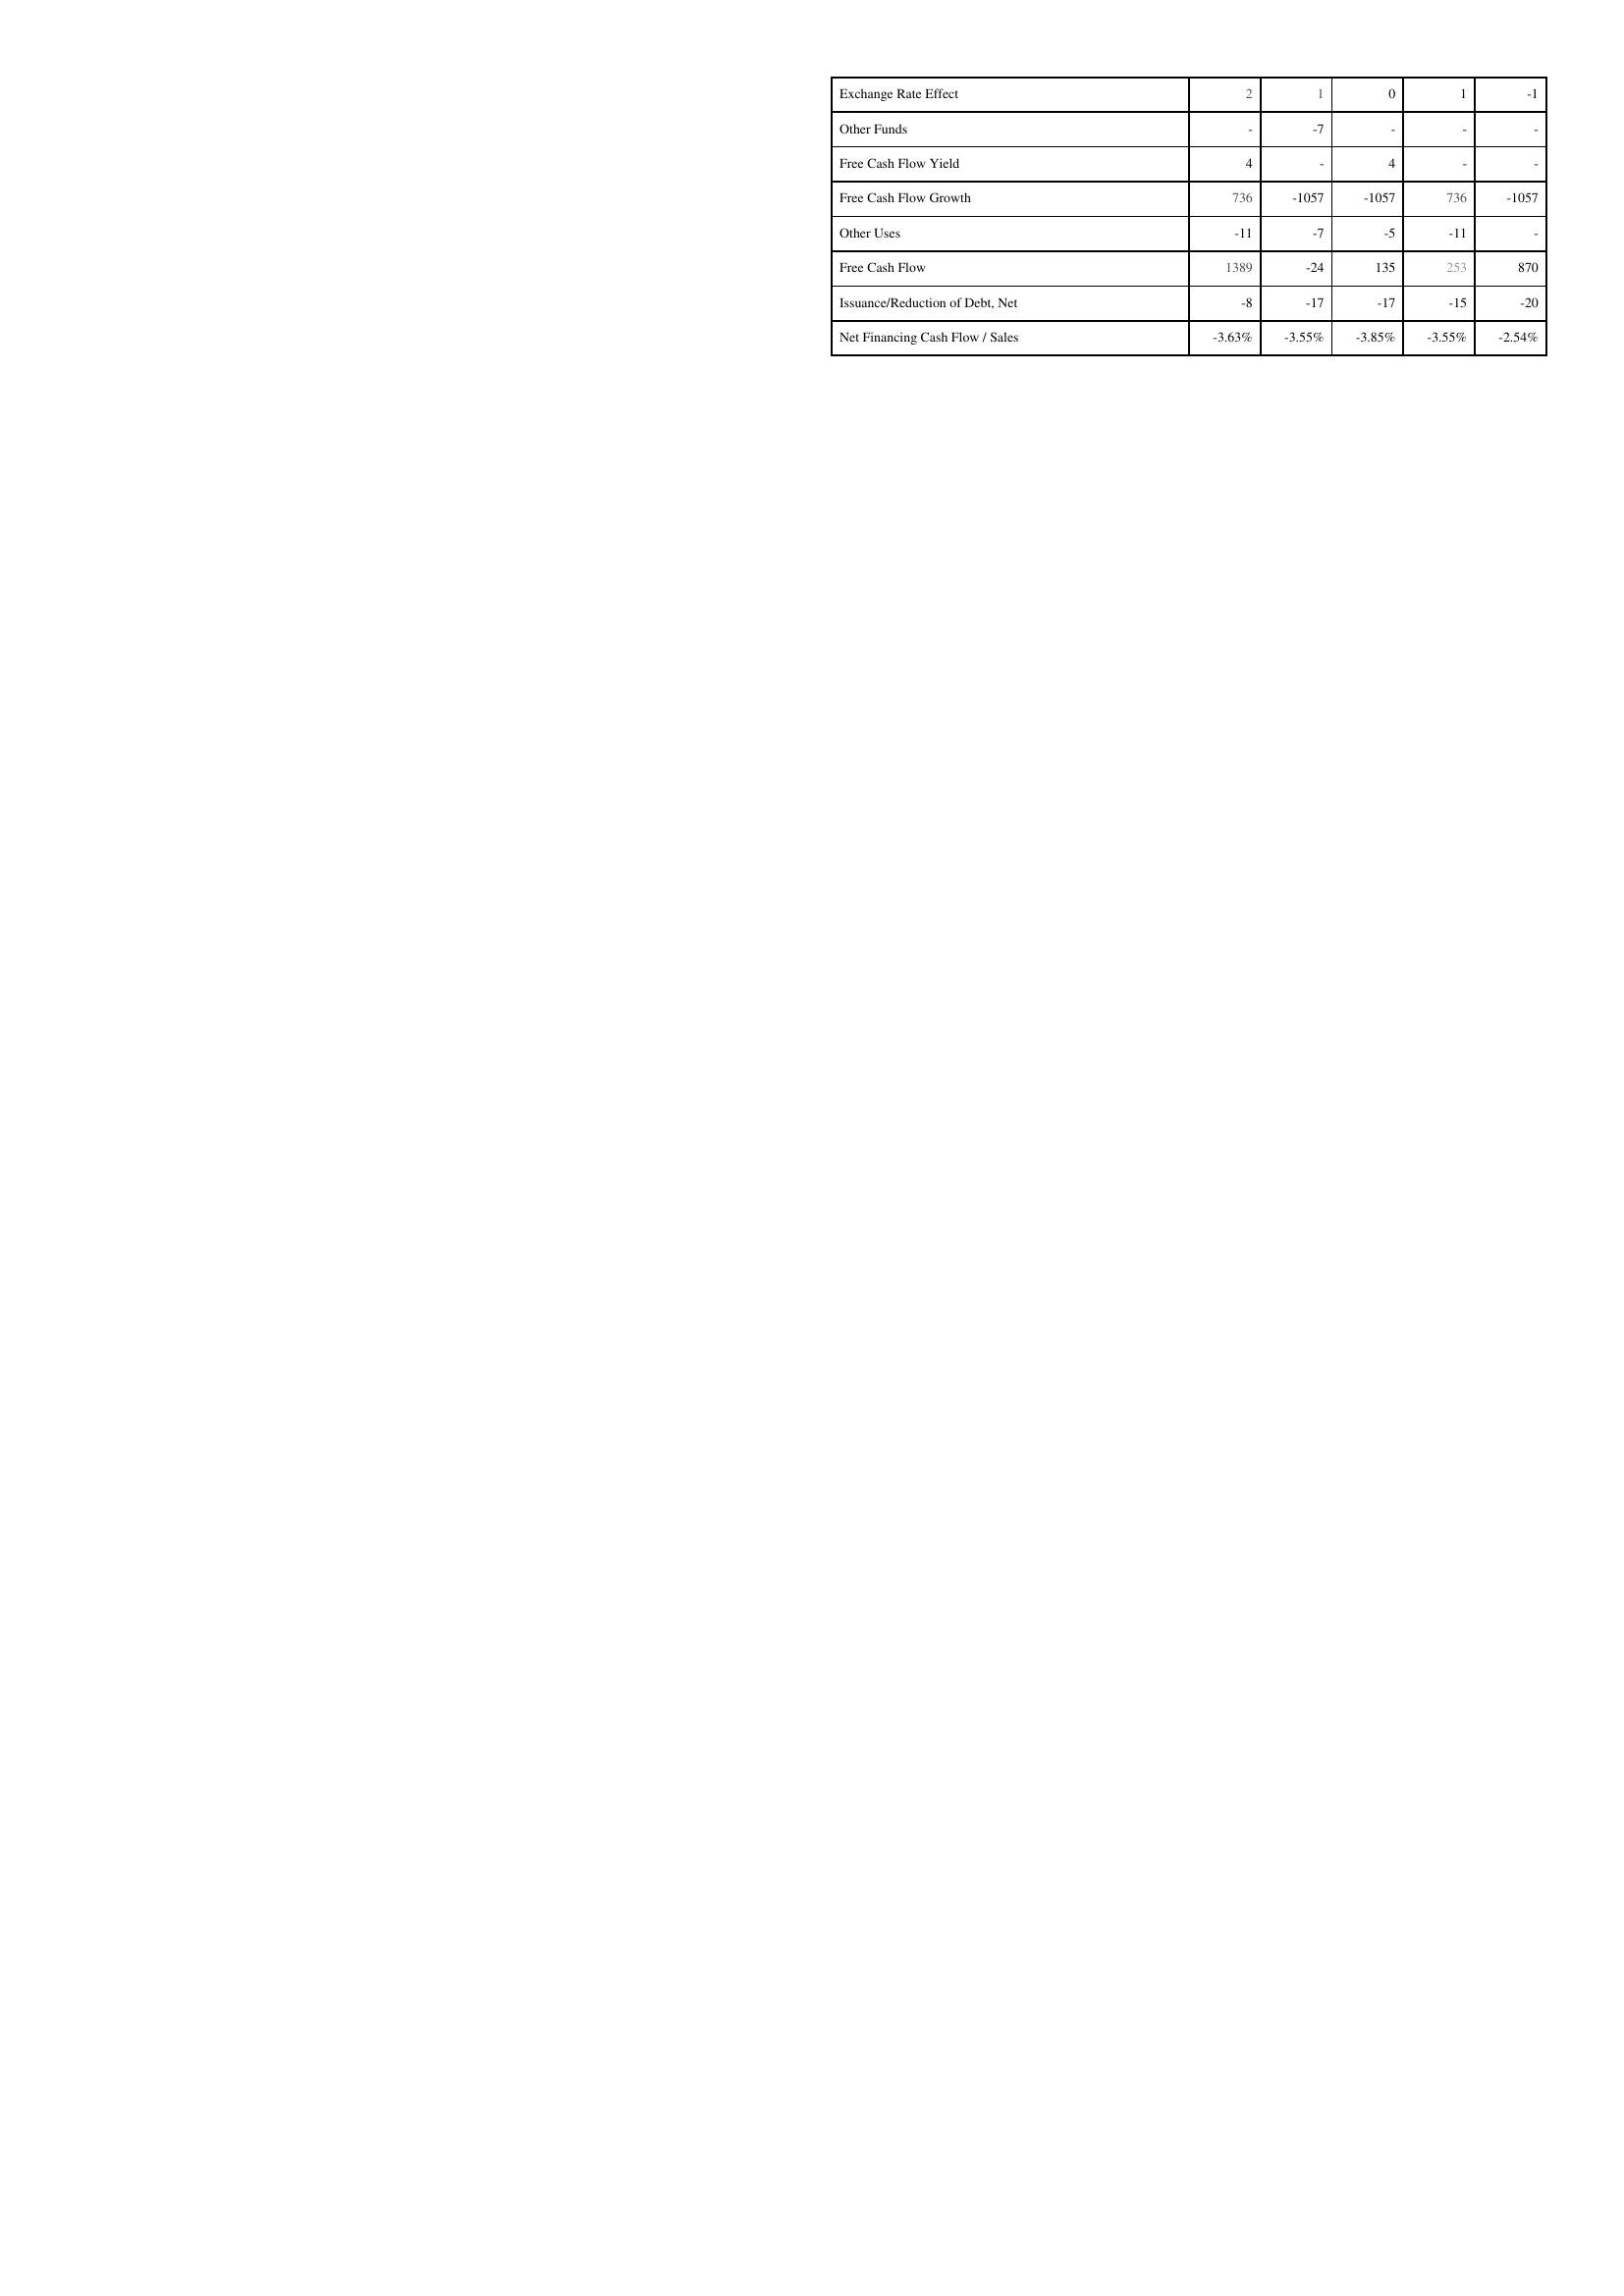
2019: Financing Activities: Exchange Rate Effect: 2
Other Funds: -
Free Cash Flow Yield: 4
Free Cash Flow Growth: 736
Other Uses: -11
Free Cash Flow: 1389
Issuance/Reduction of Debt, Net: -8
Net Financing Cash Flow / Sales: -3.63%
2020: Financing Activities: Exchange Rate Effect: 1
Other Funds: -7
Free Cash Flow Yield: -
Free Cash Flow Growth: -1057
Other Uses: -7
Free Cash Flow: -24
Issuance/Reduction of Debt, Net: -17
Net Financing Cash Flow / Sales: -3.55%
2021: Financing Activities: Exchange Rate Effect: 0
Other Funds: -
Free Cash Flow Yield: 4
Free Cash Flow Growth: -1057
Other Uses: -5
Free Cash Flow: 135
Issuance/Reduction of Debt, Net: -17
Net Financing Cash Flow / Sales: -3.85%
2022: Financing Activities: Exchange Rate Effect: 1
Other Funds: -
Free Cash Flow Yield: -
Free Cash Flow Growth: 736
Other Uses: -11
Free Cash Flow: 253
Issuance/Reduction of Debt, Net: -15
Net Financing Cash Flow / Sales: -3.55%
2023: Financing Activities: Exchange Rate Effect: -1
Other Funds: -
Free Cash Flow Yield: -
Free Cash Flow Growth: -1057
Other Uses: -
Free Cash Flow: 870
Issuance/Reduction of Debt, Net: -20
Net Financing Cash Flow / Sales: -2.54%